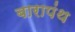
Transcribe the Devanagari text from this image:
बारापंथ